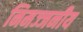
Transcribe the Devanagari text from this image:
निमज्जनीय